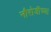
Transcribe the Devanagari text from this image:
नौरोजींच्या